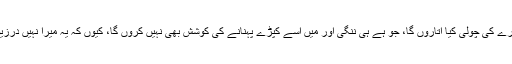
مَیں اس معاشرے کی چولی کیا اتاروں گا، جو ہے ہی ننگی اور میں اسے کپڑے پہنانے کی کوشش بھی نہیں کروں گا، کیوں کہ یہ میرا نہیں درزیوں کاکام ہے۔